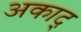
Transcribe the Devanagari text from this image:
अकाद्